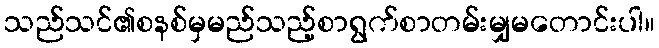
သည်သင်၏စနစ်မှမည်သည့်စာရွက်စာတမ်းမျှမတောင်းပါ။